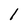
Character: 1